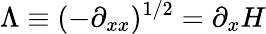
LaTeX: \Lambda\equiv(-\partial_{xx})^{1/2}=\partial_{x}H